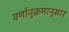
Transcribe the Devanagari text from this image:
वर्णानुक्रमानुसार